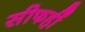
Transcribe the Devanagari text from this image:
सीफहीं